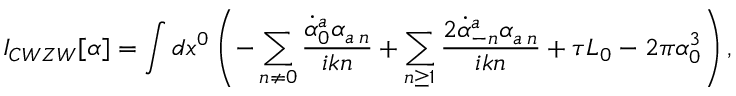
I _ { C W Z W } [ \alpha ] = \int d x ^ { 0 } \left( - \sum _ { n \neq 0 } \frac { \dot { \alpha } _ { 0 } ^ { a } \alpha _ { a \: n } } { i k n } + \sum _ { n \ge 1 } \frac { 2 \dot { \alpha } _ { - n } ^ { a } \alpha _ { a \: n } } { i k n } + \tau L _ { 0 } - 2 \pi \alpha _ { 0 } ^ { 3 } \right) ,